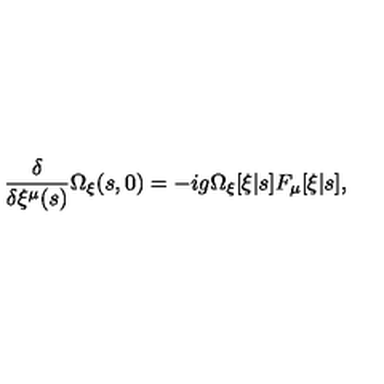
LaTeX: \frac { \delta } { \delta \xi ^ { \mu } ( s ) } \Omega _ { \xi } ( s , 0 ) = - i g \Omega _ { \xi } [ \xi | s ] F _ { \mu } [ \xi | s ] ,